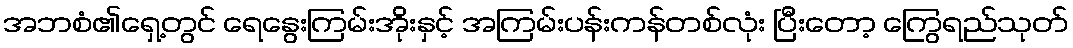
အဘစံ၏ရှေ့တွင် ရေနွေးကြမ်းအိုးနှင့် အကြမ်းပန်းကန်တစ်လုံး ပြီးတော့ ကြွေရည်သုတ်